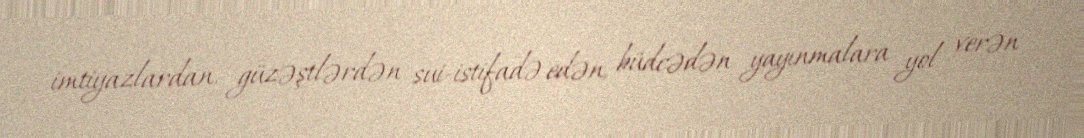
imtiyazlardan, güzəştlərdən sui-istifadə edən, büdcədən yayınmalara yol verən